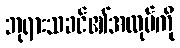
ဘုရားသခင်၏အလုပ်ကို